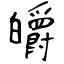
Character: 皭